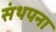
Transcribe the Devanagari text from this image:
संथपना